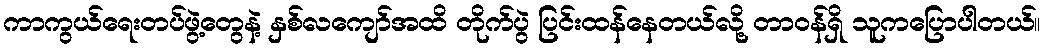
ကာကွယ်ရေးတပ်ဖွဲ့တွေနဲ့ နှစ်လကျော်အထိ တိုက်ပွဲ ပြင်းထန်နေတယ်လို့ တာဝန်ရှိ သူကပြောပါတယ်။